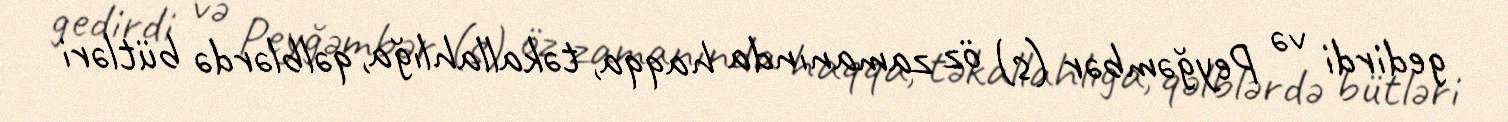
gedirdi və Peyğəmbər (s) öz zamanında haqqa, təkallahlığa, qəlblərdə bütləri